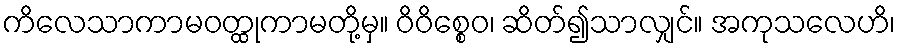
ကိလေသာကာမဝတ္ထုကာမတို့မှ။ ဝိဝိစ္စေဝ၊ ဆိတ်၍သာလျှင်။ အကုသလေဟိ၊